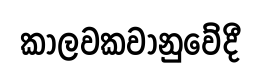
කාලවකවානුවේදී